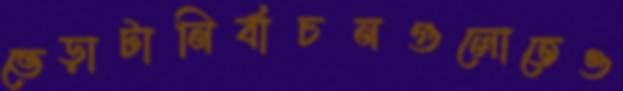
ভেড়াটানির্বাচনগুলোতেও